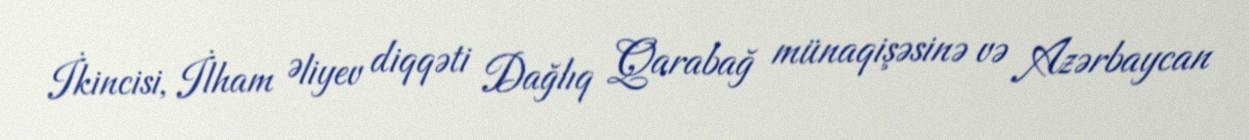
İkincisi, İlham Əliyev diqqəti Dağlıq Qarabağ münaqişəsinə və Azərbaycan